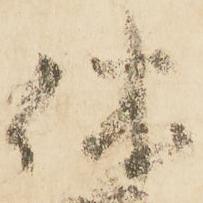
休